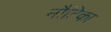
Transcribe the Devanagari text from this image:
नौटिका